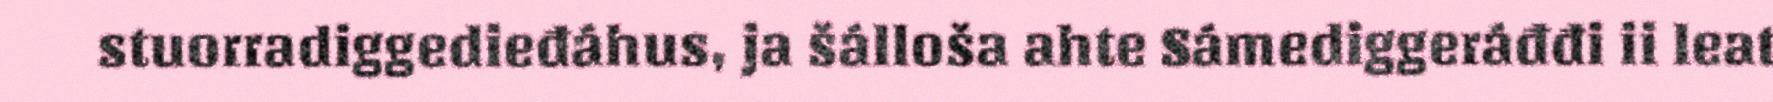
stuorradiggedieđáhus, ja šálloša ahte Sámediggeráđđi ii leat